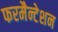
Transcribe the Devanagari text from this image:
फरमैन्टेशन